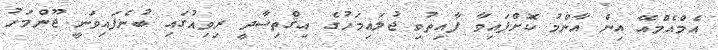
އެމްއެމްއޭ އިން އާންމު ކޮށްފައިވާ ފާއިތުވި ޖުލައިމަހުގެ އިޤްތިސާދީ ރިވިއުގައި ބުނެފައިވަނީ ޖޫންމަހު